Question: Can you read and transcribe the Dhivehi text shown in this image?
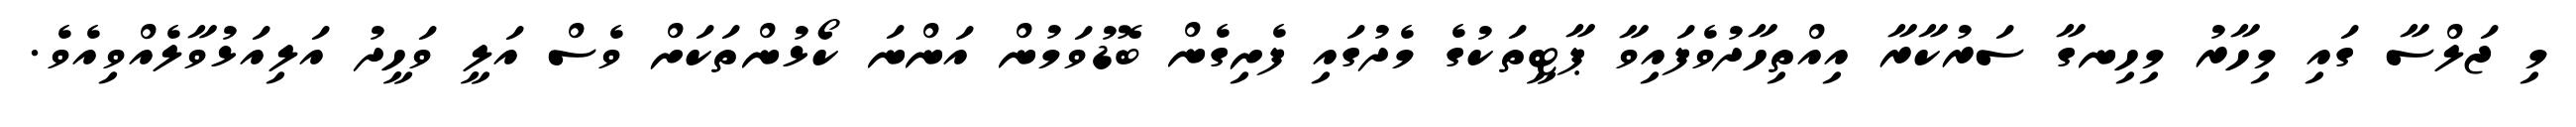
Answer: މި ޖަލްސާ ގައި މިހާރު މިހިނގާ ސަރުކާރާ އިއްތިހާދުވެފައިވާ ޕާޓީތަކުގެ މެދުގައި ފެށިގެން ބޮޑުވަމުން އަންނަ ކޯޅުންތަކަށް ވެސް އަލީ ވަހީދު އަލިއަޅުވާލެއްވިއެވެ.